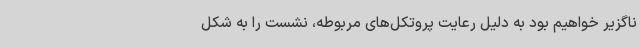
ناگزیر خواهیم بود به دلیل رعایت پروتکل‌های مربوطه، نشست را به شکل